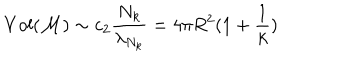
LaTeX: V o l ( { \cal M } ) \sim c _ { 2 } \frac { N _ { k } } { \lambda _ { N _ { k } } } = 4 \pi R ^ { 2 } ( 1 + \frac { 1 } { k } )